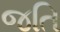
જતિ